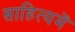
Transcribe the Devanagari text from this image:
साहित्यमें